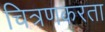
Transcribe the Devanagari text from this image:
चित्रणकरता